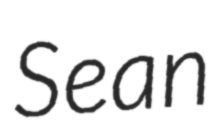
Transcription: Sean